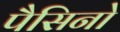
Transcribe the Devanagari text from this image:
पैसिनो